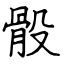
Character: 骰